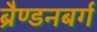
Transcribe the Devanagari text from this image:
ब्रैण्डनबर्ग